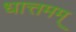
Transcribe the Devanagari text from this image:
धात्तमम्‌